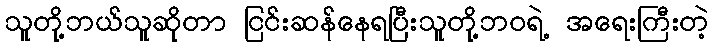
သူတို့ဘယ်သူဆိုတာ ငြင်းဆန်နေရပြီးသူတို့ဘဝရဲ့ အရေးကြီးတဲ့